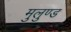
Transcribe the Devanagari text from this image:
मुलुण्ड